Indian journal of veterinary science and animal husbandry - Volume 10,
Year: 1940
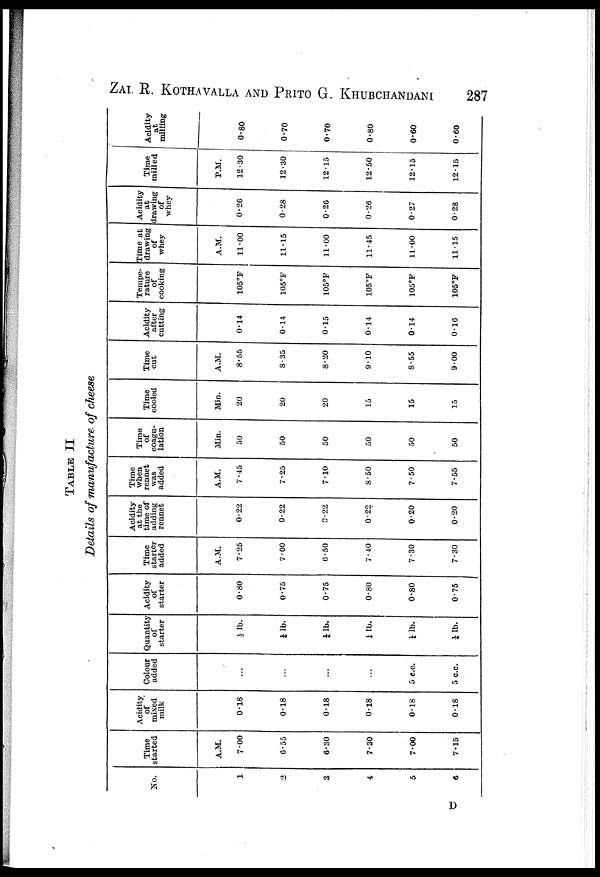
ZAL R. KOTHAVALLA AND PRITO G. KHUBCHANDANI 287
TABLE II
Details of manufacture of cheese
No.
1
2
3
4
5
6
Time
started
A.M.
7.00
6.55
6.30
7.30
7.00
7.15
Acidity
of
mixed
milk
0.18
0.18
0.18
0.18
0.18
0.18
Colour
added
...
...
...
...
5 c.c.
5 c.c.
Quantity
of
starter
½ lb.
½ lb.
½ lb.
¼ lb.
¼ lb.
¼ lb.
Acidity
of
starter
0.80
0.75
0.75
0.80
0.80
0.75
Time
starter
added
A.M.
7.25
7.00
6.50
7.40
7.30
7.30
Acidity
at the
time of
adding
rennet
0.22
0.22
0.22
0.22
0.20
0.20
Time
when
rennet
was
added
A.M.
7.45
7.25
7.10
8.50
7.50
7.55
Time
of
coagu-
lation
Min.
50
50
50
50
50
50
Time
cooled
Min.
20
20
20
15
15
15
Time
cut
A.M.
8.55
8.35
8.20
9.10
8.55
9.00
Acidity
after
cutting
0.14
0.14
0.15
0.14
0.14
0.16
Tempe-
rature
of
cooking
105°F
105°F
105°F
105°F
105°F
105°F
Time at
drawing
of
whey
A.M.
11.00
11.15
11.00
11.45
11.00
11.15
Acidity
at
drawing
of
whey
0.26
0.28
0.26
0.26
0.27
0.28
Time
milled
P.M.
12.30
12.30
12.15
12.50
12.15
12.15
Acidity
at
milling
0.80
0.70
0.70
0.80
0.60
0.60
D